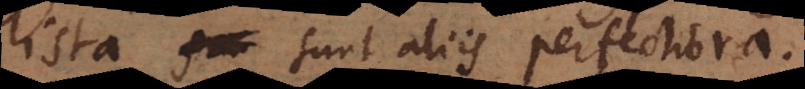
ista sunt aliis perfectiora.